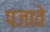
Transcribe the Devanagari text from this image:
पजावे